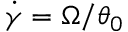
\dot { \gamma } = \Omega / \theta _ { 0 }